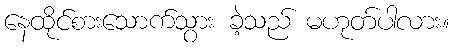
နေထိုင်စားသောက်သွား ခဲ့သည် မဟုတ်ပါလား။